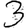
Digit: 3